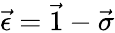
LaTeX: \vec{\epsilon}=\vec{1}-\vec{\sigma}